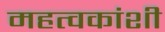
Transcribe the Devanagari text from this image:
महत्वकांशी